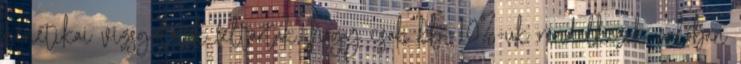
genetikai vizsgálatok feltárták, hogy csak kb. 10%-uk rendelkezik valóban